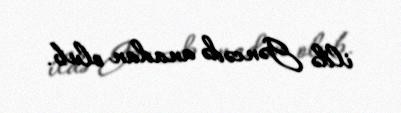
ildə Gəncədə anadan olub.